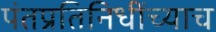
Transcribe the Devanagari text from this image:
पंतप्रतिनिधींच्याच